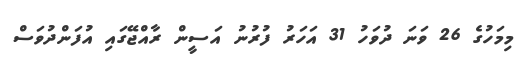
މިމަހުގެ 26 ވަނަ ދުވަހު 31 އަހަރު ފުރުނު އަސީން ރާއްޖޭގައި އުފަންދުވަސް